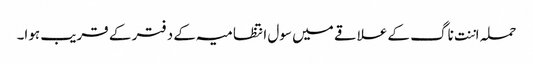
حملہ اننت ناگ کے علاقے میں سول انتظامیہ کے دفتر کے قریب ہوا۔